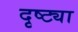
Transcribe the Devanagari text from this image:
दृष्‍ट्या